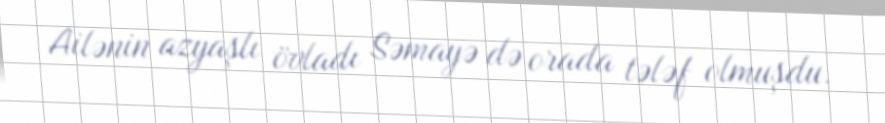
Ailənin azyaşlı övladı Səmayə də orada tələf olmuşdu.